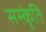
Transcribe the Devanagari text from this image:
सस्कृंति